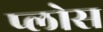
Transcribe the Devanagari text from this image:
प्लोस